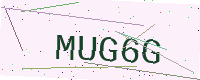
Text: MUG6G